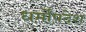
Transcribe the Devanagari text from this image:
धर्मोंपदेश